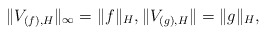
\begin{align*} \|V_{(f),H} \|_{\infty} = \|f\|_H, \|V_{(g),H}\| =\|g\|_H, \end{align*}